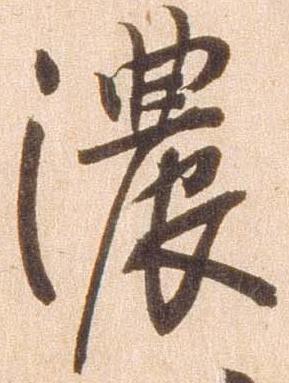
濃